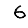
Digit: 6